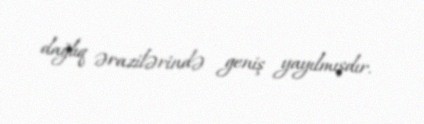
dağlıq ərazilərində geniş yayılmışdır.